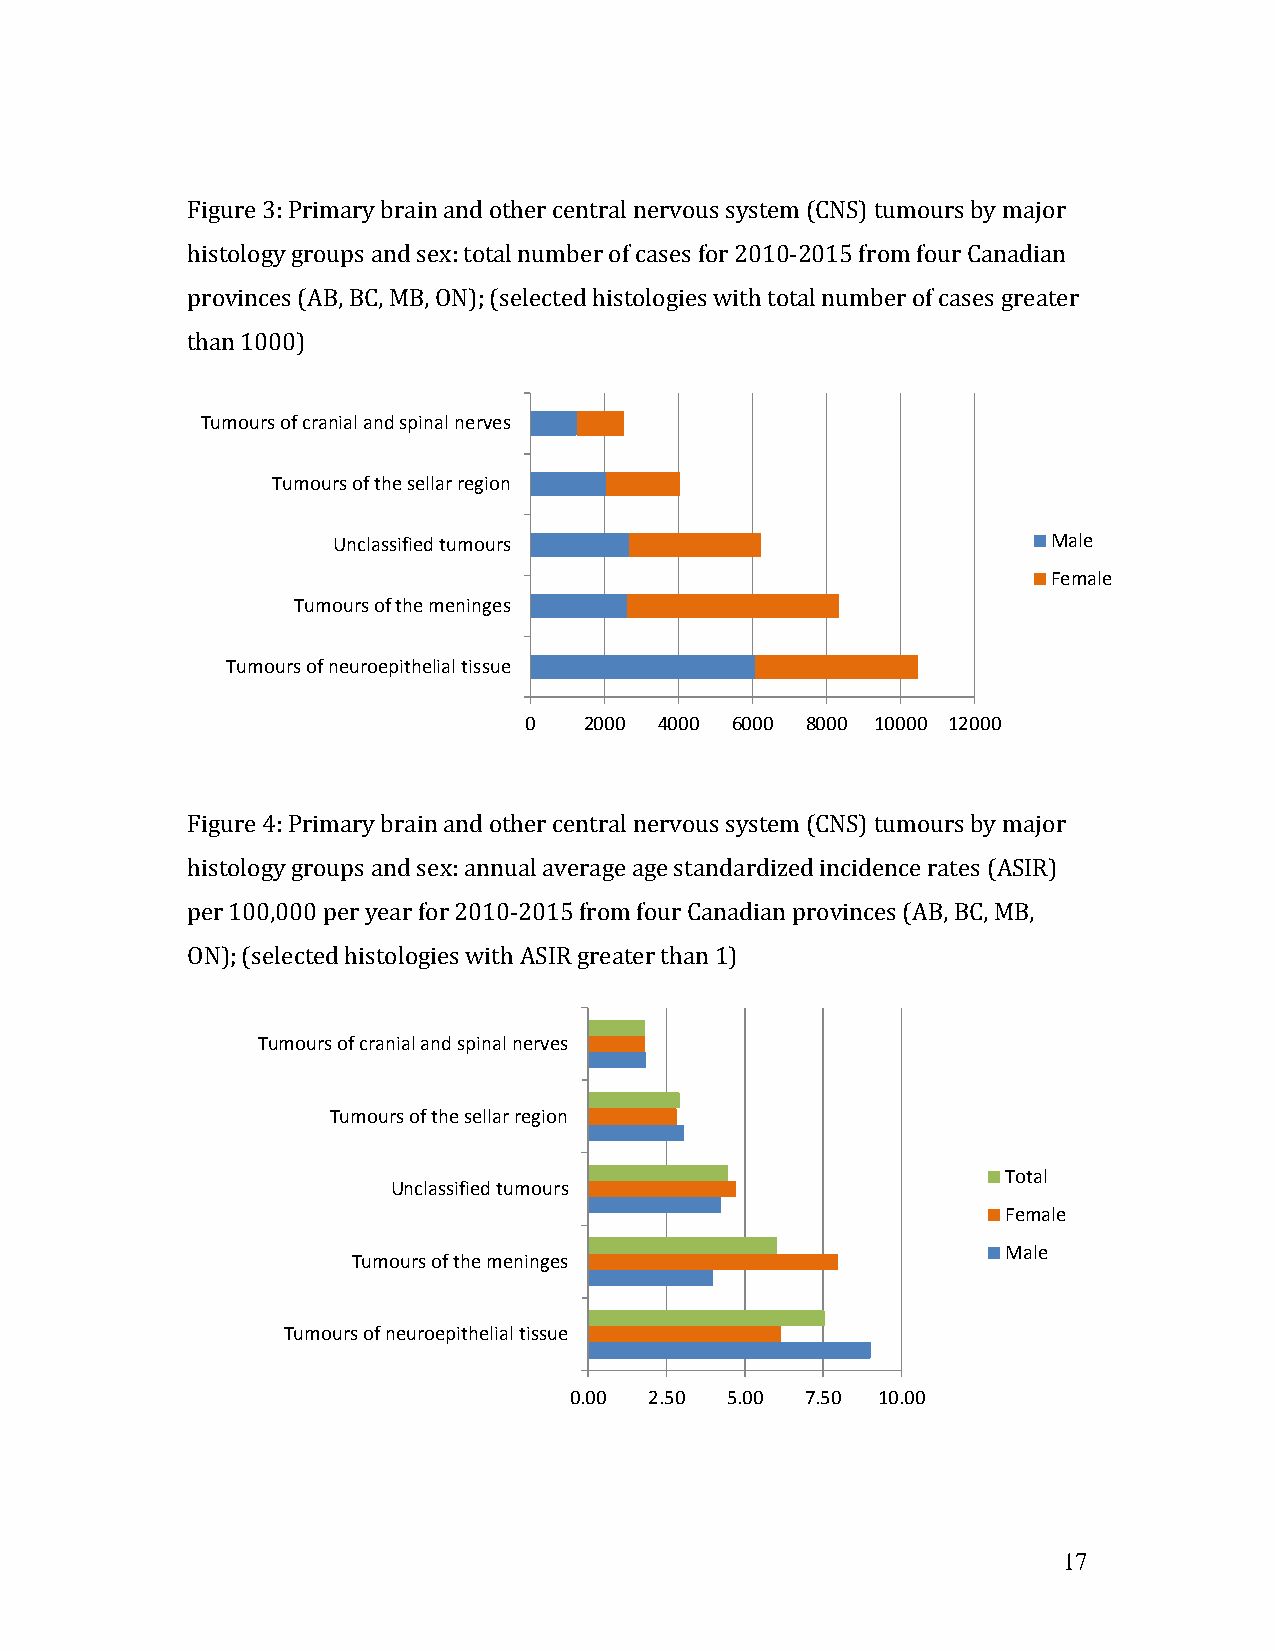
Figure 3: Primary brain and other central nervous system (CNS) tumours by major
 histology groups and sex: total number of cases for 2010-2015 from four Canadian
 provinces (AB, BC, MB, ON); (selected histologies with total number of cases greater
 than 1000)
 Tumours of cranial and spinal nerves
 Tumours of the sellar region
 Unclassified tumours                            Male
 Female
 Tumours of the meninges
 Tumours of neuroepithelial tissue
 0   2000 4000 6000 8000 10000 12000
 Figure 4: Primary brain and other central nervous system (CNS) tumours by major
 histology groups and sex: annual average age standardized incidence rates (ASIR)
 per 100,000 per year for 2010-2015 from four Canadian provinces (AB, BC, MB,
 ON); (selected histologies with ASIR greater than 1)
 Tumours of cranial and spinal nerves
 Tumours of the sellar region
 Total
 Unclassified tumours
 Female
 Male
 Tumours of the meninges
 Tumours of neuroepithelial tissue
 0.00 2.50 5.00 7.50 10.00
 17